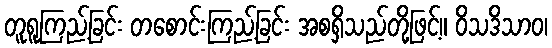
တူရူကြည့်ခြင်း တစောင်းကြည့်ခြင်း အစရှိသည်တို့ဖြင့်။ ဝိသဒိသာဝ၊